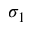
\sigma _ { 1 }